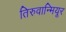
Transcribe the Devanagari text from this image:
तिरुवान्मियूर